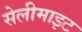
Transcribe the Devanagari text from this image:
सेलीमाइट